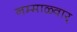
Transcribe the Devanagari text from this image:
नम्माळ्वार्